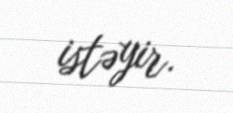
istəyir.